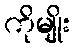
ကိုမျိုး